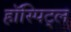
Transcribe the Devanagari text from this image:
हॉस्पिट्ल